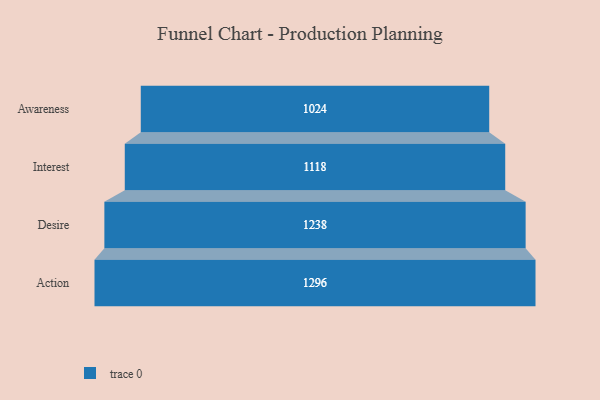
{"axis": {"x": "Stage", "y": "Value"}, "legend": [""], "data": [{"x": "Awareness", "y": 1024.0, "type": ""}, {"x": "Interest", "y": 1118.0, "type": ""}, {"x": "Desire", "y": 1238.0, "type": ""}, {"x": "Action", "y": 1296.0, "type": ""}]}